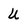
Character: U